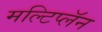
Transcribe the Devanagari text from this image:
मल्टिप्लॅन